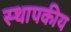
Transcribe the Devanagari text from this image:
स्थापकीय